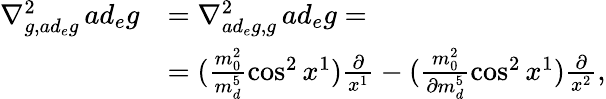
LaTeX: \begin{array}{rl}{\nabla_{g,ad_{e}g}^{2}\, ad_{e}g}&{=\nabla_{ad_{e}g,g}^{2}\, ad_{e}g=}\\ &{=(\frac{m_{0}^{2}}{m_{d}^{5}}\cos^{2}x^{1})\frac{\partial}{x^{1}}-(\frac{m_{0}^{2}}{\partial m_{d}^{5}}\cos^{2}x^{1})\frac{\partial}{x^{2}},}\end{array}